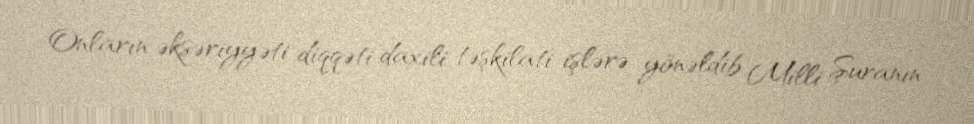
Onların əksəriyyəti diqqəti daxili təşkilati işlərə yönəldib Milli Şuranın